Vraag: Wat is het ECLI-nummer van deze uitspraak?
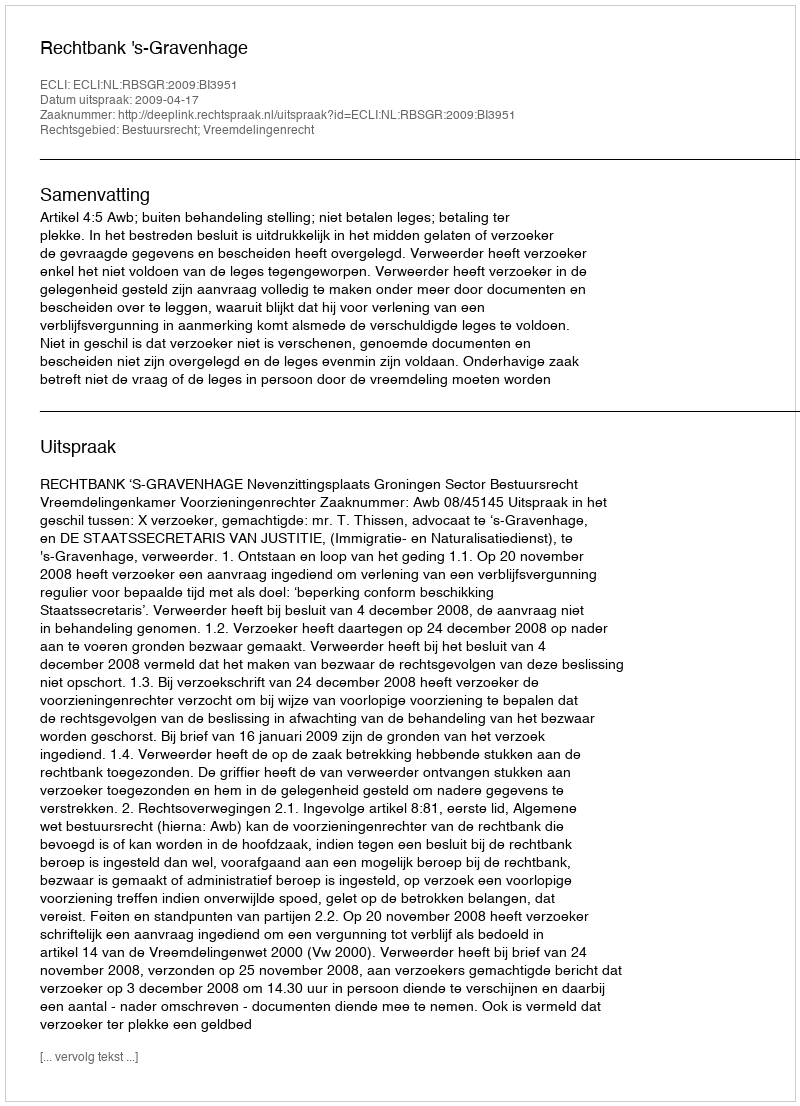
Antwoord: ECLI:NL:RBSGR:2009:BI3951